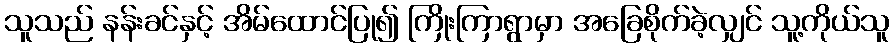
သူသည် နန်းခင်နှင့် အိမ်ထောင်ပြု၍ ကြိုးကြာရွာမှာ အခြေစိုက်ခဲ့လျှင် သူ့ကိုယ်သူ